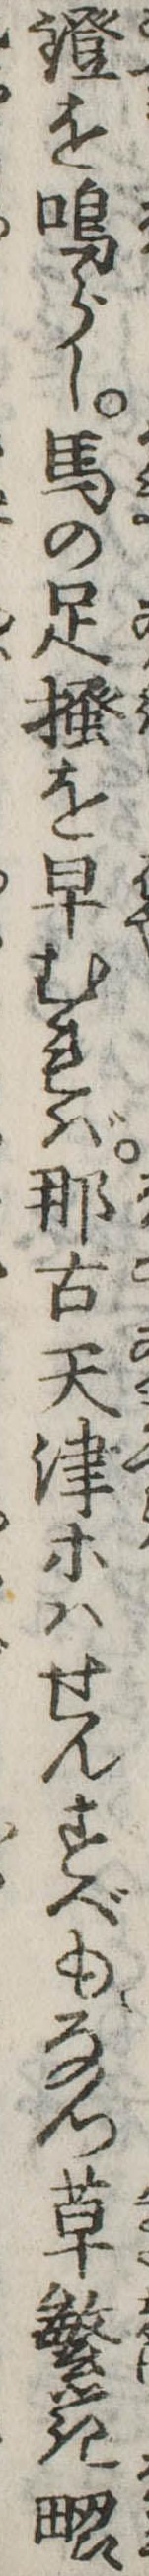
鐙を鳴らし馬の足掻を早むれば那古天津等はせんすべもなつ草繁き畷